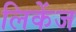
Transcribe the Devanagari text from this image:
लिकेंज